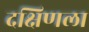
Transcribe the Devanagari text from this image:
दक्षिणला